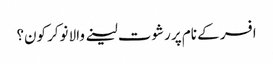
افسر کے نام پر رشوت لینے والا نوکر کون؟